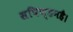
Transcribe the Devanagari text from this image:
सपिण्डनहै।